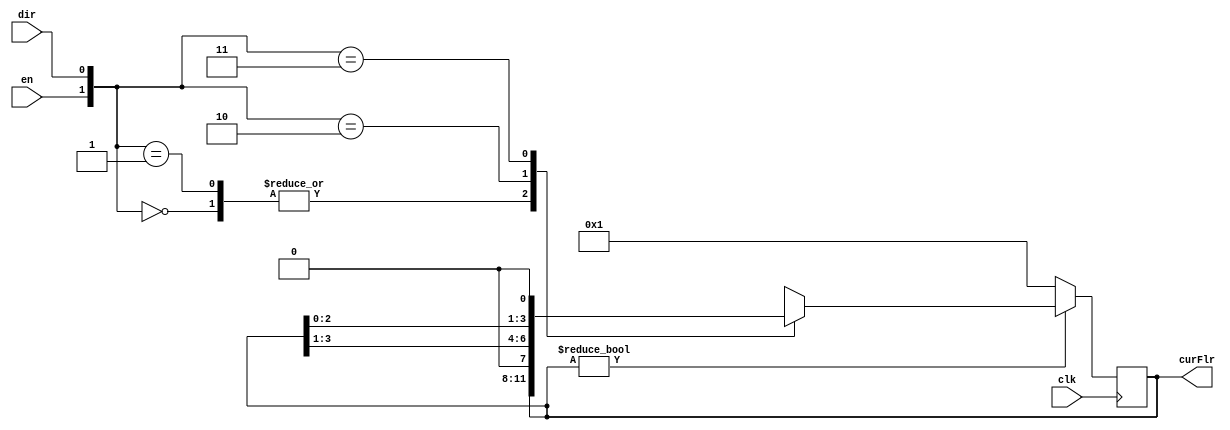


module E_DoShift(
input				clk,
input				dir,
input				en,
output	reg	[3:0]	curFlr
);

always@(negedge clk)
begin
	if(curFlr)
	case({en, dir})
		2'b00:curFlr = curFlr;
		2'b01:curFlr = curFlr;
		2'b10:curFlr = curFlr >> 1;
		2'b11:curFlr = curFlr << 1;
		default:curFlr = curFlr;
	endcase
	else
		curFlr = 4'b0001;
end

endmodule